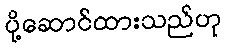
ပို့ဆောင်ထားသည်ဟု